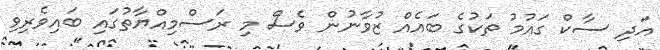
އަދި ސާކް ގައުމު ތަކުގެ ބައެއް ޒުވާނުން ވެސް މި ރަސްމިއްޔާތުގައި ބައިވެރިވި